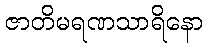
ဇာတိမရဏသာရိနော